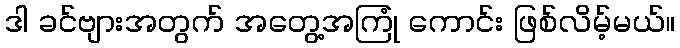
ဒါ ခင်ဗျားအတွက် အတွေ့အကြုံ ကောင်း ဖြစ်လိမ့်မယ်။